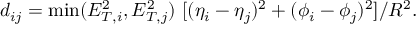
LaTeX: d _ { i j } = \operatorname * { m i n } ( E _ { T , i } ^ { 2 } , E _ { T , j } ^ { 2 } ) \ [ ( \eta _ { i } - \eta _ { j } ) ^ { 2 } + ( \phi _ { i } - \phi _ { j } ) ^ { 2 } ] / R ^ { 2 } .